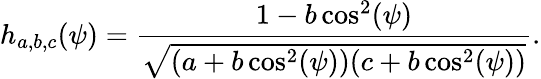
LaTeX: h_{a,b,c}(\psi)=\frac{1-b\cos^{2}(\psi)}{\sqrt{(a+b\cos^{2}(\psi))(c+b\cos^{2}(\psi))}}.